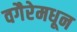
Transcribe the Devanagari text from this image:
वगैरेमधून